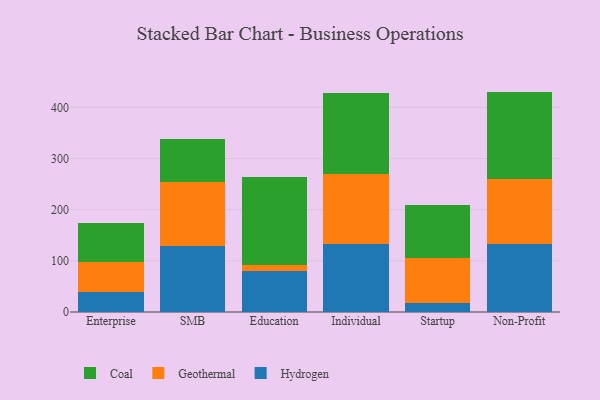
{"axis": {"x": "Segment", "y": "Website Visitors"}, "legend": ["Coal", "Geothermal", "Hydrogen"], "data": [{"x": "Enterprise", "y": 38.5, "type": "Hydrogen"}, {"x": "Enterprise", "y": 58.4, "type": "Geothermal"}, {"x": "Enterprise", "y": 76.8, "type": "Coal"}, {"x": "SMB", "y": 128.3, "type": "Hydrogen"}, {"x": "SMB", "y": 126.7, "type": "Geothermal"}, {"x": "SMB", "y": 84.0, "type": "Coal"}, {"x": "Education", "y": 80.1, "type": "Hydrogen"}, {"x": "Education", "y": 11.8, "type": "Geothermal"}, {"x": "Education", "y": 172.3, "type": "Coal"}, {"x": "Individual", "y": 132.3, "type": "Hydrogen"}, {"x": "Individual", "y": 137.3, "type": "Geothermal"}, {"x": "Individual", "y": 157.9, "type": "Coal"}, {"x": "Startup", "y": 18.2, "type": "Hydrogen"}, {"x": "Startup", "y": 87.6, "type": "Geothermal"}, {"x": "Startup", "y": 102.9, "type": "Coal"}, {"x": "Non-Profit", "y": 133.0, "type": "Hydrogen"}, {"x": "Non-Profit", "y": 126.7, "type": "Geothermal"}, {"x": "Non-Profit", "y": 171.1, "type": "Coal"}]}